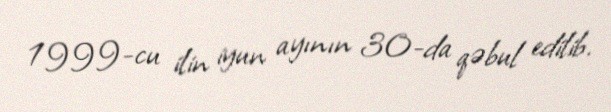
1999-cu ilin iyun ayının 30-da qəbul edilib.